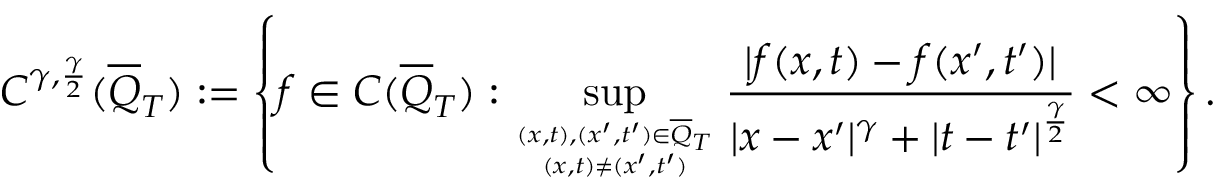
C ^ { \gamma , \frac { \gamma } { 2 } } ( \overline { Q } _ { T } ) : = \left\{ f \in C ( \overline { Q } _ { T } ) : \operatorname* { s u p } _ { ( x , t ) , ( x ^ { \prime } , t ^ { \prime } ) \in \overline { Q } _ { T } \atop ( x , t ) \neq ( x ^ { \prime } , t ^ { \prime } ) } \frac { | f ( x , t ) - f ( x ^ { \prime } , t ^ { \prime } ) | } { | x - x ^ { \prime } | ^ { \gamma } + | t - t ^ { \prime } | ^ { \frac { \gamma } { 2 } } } < \infty \right\} .